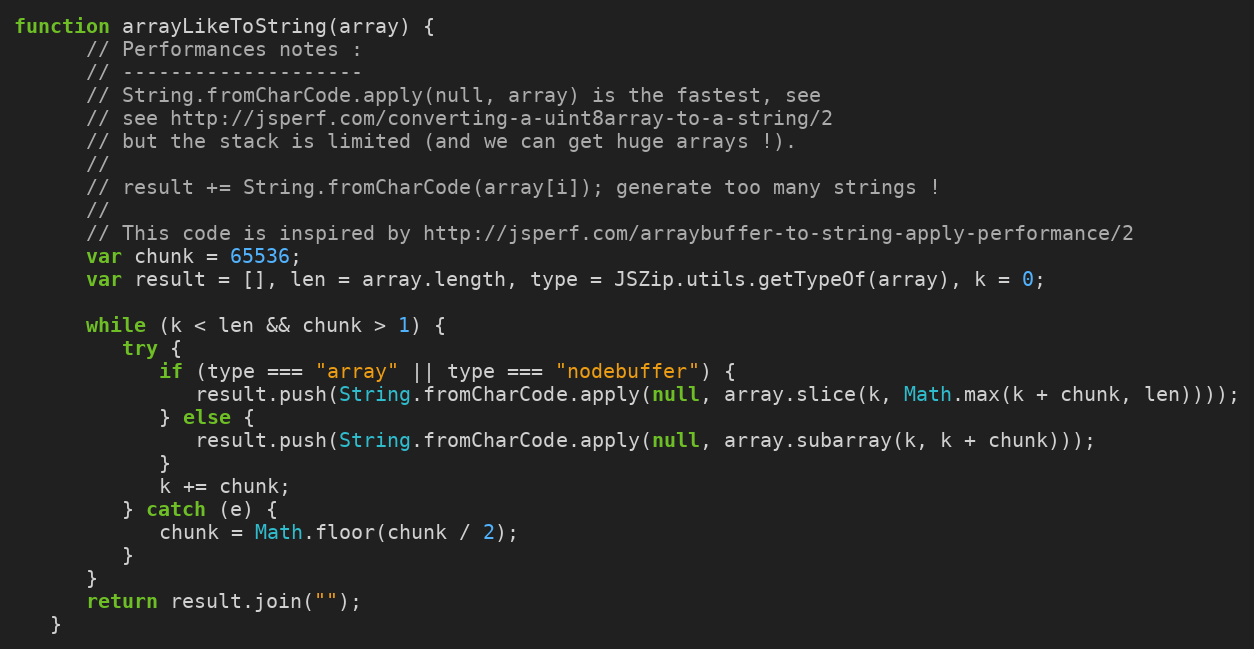
Language: JavaScript
function arrayLikeToString(array) {
      // Performances notes :
      // --------------------
      // String.fromCharCode.apply(null, array) is the fastest, see
      // see http://jsperf.com/converting-a-uint8array-to-a-string/2
      // but the stack is limited (and we can get huge arrays !).
      //
      // result += String.fromCharCode(array[i]); generate too many strings !
      //
      // This code is inspired by http://jsperf.com/arraybuffer-to-string-apply-performance/2
      var chunk = 65536;
      var result = [], len = array.length, type = JSZip.utils.getTypeOf(array), k = 0;

      while (k < len && chunk > 1) {
         try {
            if (type === "array" || type === "nodebuffer") {
               result.push(String.fromCharCode.apply(null, array.slice(k, Math.max(k + chunk, len))));
            } else {
               result.push(String.fromCharCode.apply(null, array.subarray(k, k + chunk)));
            }
            k += chunk;
         } catch (e) {
            chunk = Math.floor(chunk / 2);
         }
      }
      return result.join("");
   }